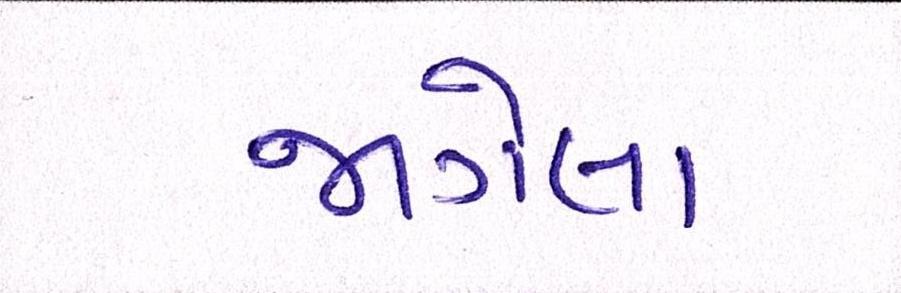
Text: જાગેલા